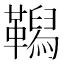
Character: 𩍆